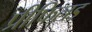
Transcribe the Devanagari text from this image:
प्रीफिलड